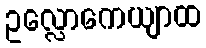
ဥလ္လောကေယျာထ